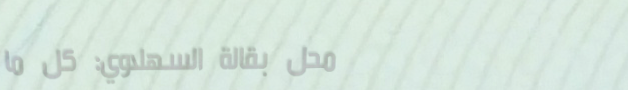
محل بقالة السهلاوي: كل ما